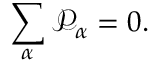
\begin{array} { r } { \displaystyle \sum _ { \alpha } \mathscr { P } _ { \alpha } = 0 . } \end{array}